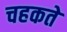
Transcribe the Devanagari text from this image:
चहकते